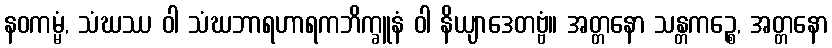
နဝကမ္မံ, သံဃဿ ဝါ သံဃဘာရဟာရကဘိက္ခူနံ ဝါ နိယျာဒေတဗ္ဗံ။ အတ္တနော သန္တကဉ္စေ, အတ္တနော